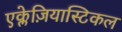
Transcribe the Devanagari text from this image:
एक्लेज़ियास्टिकल